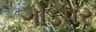
ગોડપર